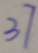
3 7